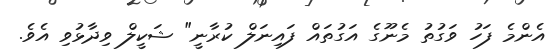
އެންމެ ފަހު ވަގުތު މެނޫގެ އަގުތައް ފައިނަލް ކުރާނީ" ޝަކީލް ވިދާޅުވި އެވެ.